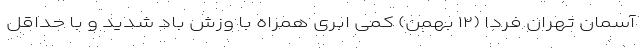
آسمان تهران فردا (۱۲ بهمن) کمی ابری همراه با وزش باد شدید و با حداقل